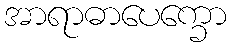
အာရာဓာပေက္ခော